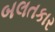
બલતકાર